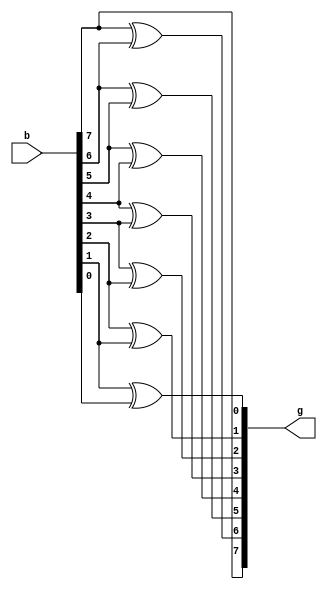
`timescale 1ns / 1ps
//////////////////////////////////////////////////////////////////////////////////
// Company: 
// Engineer: 
// 
// Design Name: 
// Module Name: BinaryToGray
// Project Name: 
// Target Devices: 
// Tool Versions: 
// Description: 
// 
// Dependencies: 
// 
// Revision:
// Revision 0.01 - File Created
// Additional Comments:
// 
//////////////////////////////////////////////////////////////////////////////////


module BinaryToGray(b,g);
input[7:0] b;
output[7:0] g;
assign g[7]=b[7];
xor a1(g[6],b[7],b[6]);
xor a2(g[5],b[6],b[5]);
xor a3(g[4],b[5],b[4]);
xor a4(g[3],b[4],b[3]);
xor a5(g[2],b[3],b[2]);
xor a6(g[1],b[2],b[1]);
xor a7(g[0],b[1],b[0]);



endmodule